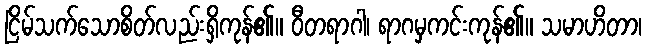
ငြိမ်သက်သောစိတ်လည်းရှိကုန်၏။ ဝီတရာဂါ၊ ရာဂမှကင်းကုန်၏။ သမာဟိတာ၊